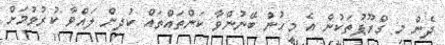
ދެން މި ގްރޫޕުތަކުން އެ މީހުން ބޭނުންވާ ކަންތައްތައް ކުދިން ލައްވާ ކުރުވުމަށް